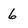
Character: 6